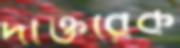
দাক্তরেক